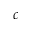
c